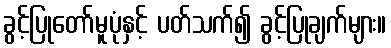
ခွင့်ပြုတော်မူပုံနှင့် ပတ်သက်၍ ခွင့်ပြုချက်များ။